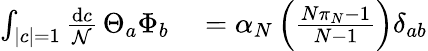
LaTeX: \begin{array}{rl}{\int_{|c|=1}{\frac{\mathrm{d}c}{\mathcal{N}}}\, \Theta_{a}\Phi_{b}}&{{}=\alpha_{N}\left({\frac{N\pi_{N}-1}{N-1}}\right)\delta_{ab}}\end{array}